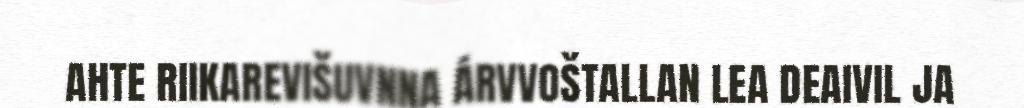
AHTE RIIKAREVIŠUVNNA ÁRVVOŠTALLAN LEA DEAIVIL JA